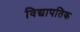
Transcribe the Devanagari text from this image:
विद्यापतिक